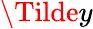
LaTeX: \Tilde{y}